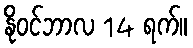
နိုဝင်ဘာလ 14 ရက်။